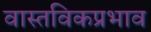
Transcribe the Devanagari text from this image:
वास्तविकप्रभाव